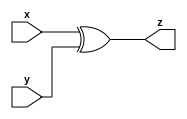
module xorop(
    input [15:0] x,
    input [15:0] y,
    output reg [15:0] z
);

always @(*) begin
    z = x ^ y;
end

endmodule